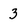
Character: 3